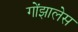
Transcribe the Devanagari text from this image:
गोंझालेस